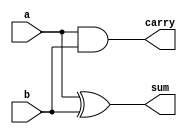
module half_adder(a,b,sum,carry);
input a,b;
output sum,carry;
assign sum=a^b;
assign carry=a&b;
endmodule
module full_adder(a,b,cin,sum,carry);

input a,b,cin;

output sum,carry;

reg T1,T2,T3,carry;

assign sum=a^b^cin;

always @(a or b or cin)

begin

T1=a&b;

T2=a&cin;

T3=a&cin;

carry=T1|T2|T3;

end

endmodule
module wallace4(A,B,prod);
    
    //inputs and outputs
    input [3:0] A,B;
    output [7:0] prod;
    //internal variables.
    wire s11,s12,s13,s14,s15,s22,s23,s24,s25,s26,s32,s33,s34,s35,s36,s37;
    wire c11,c12,c13,c14,c15,c22,c23,c24,c25,c26,c32,c33,c34,c35,c36,c37;
    wire [6:0] p0,p1,p2,p3;

//initialize the p's.
    assign  p0 = A & {4{B[0]}};
    assign  p1 = A & {4{B[1]}};
    assign  p2 = A & {4{B[2]}};
    assign  p3 = A & {4{B[3]}};

//final product assignments    
    assign prod[0] = p0[0];
    assign prod[1] = s11;
    assign prod[2] = s22;
    assign prod[3] = s32;
    assign prod[4] = s34;
    assign prod[5] = s35;
    assign prod[6] = s36;
    assign prod[7] = s37;
//first stage
    half_adder ha11 (p0[1],p1[0],s11,c11);
    full_adder fa12(p0[2],p1[1],p2[0],s12,c12);
    full_adder fa13(p0[3],p1[2],p2[1],s13,c13);
    full_adder fa14(p1[3],p2[2],p3[1],s14,c14);
    half_adder ha15(p2[3],p3[2],s15,c15);

//second stage
    half_adder ha22 (c11,s12,s22,c22);
    full_adder fa23 (p3[0],c12,s13,s23,c23);
    full_adder fa24 (c13,c23,s14,s24,c24);
    full_adder fa25 (c14,c24,s15,s25,c25);
    full_adder fa26 (c15,c25,p3[3],s26,c26);

//third stage
    half_adder ha32(c22,s23,s32,c32);
    half_adder ha34(c23,s24,s34,c34);
    half_adder ha35(c34,s25,s35,c35);
    half_adder ha36(c35,s26,s36,c36);
    half_adder ha37(c36,c26,s37,c37);

endmodule